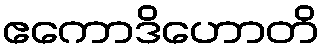
ဧကောဒိဟောတိ